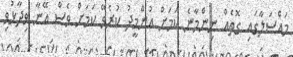
މައްސަލާގައި ގޮތެއް ނިންމާނެ ކަމަށް އުންމީދު ކުރެވޭ ކަމަށް ވެސް އޭނާ ވިދާޅުވި